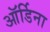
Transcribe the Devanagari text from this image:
ऑर्डिना